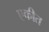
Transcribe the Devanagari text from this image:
एकीत